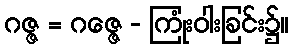
ဂဇ္ဇ = ဂဇ္ဇေ - ကြုံးဝါးခြင်း၌။